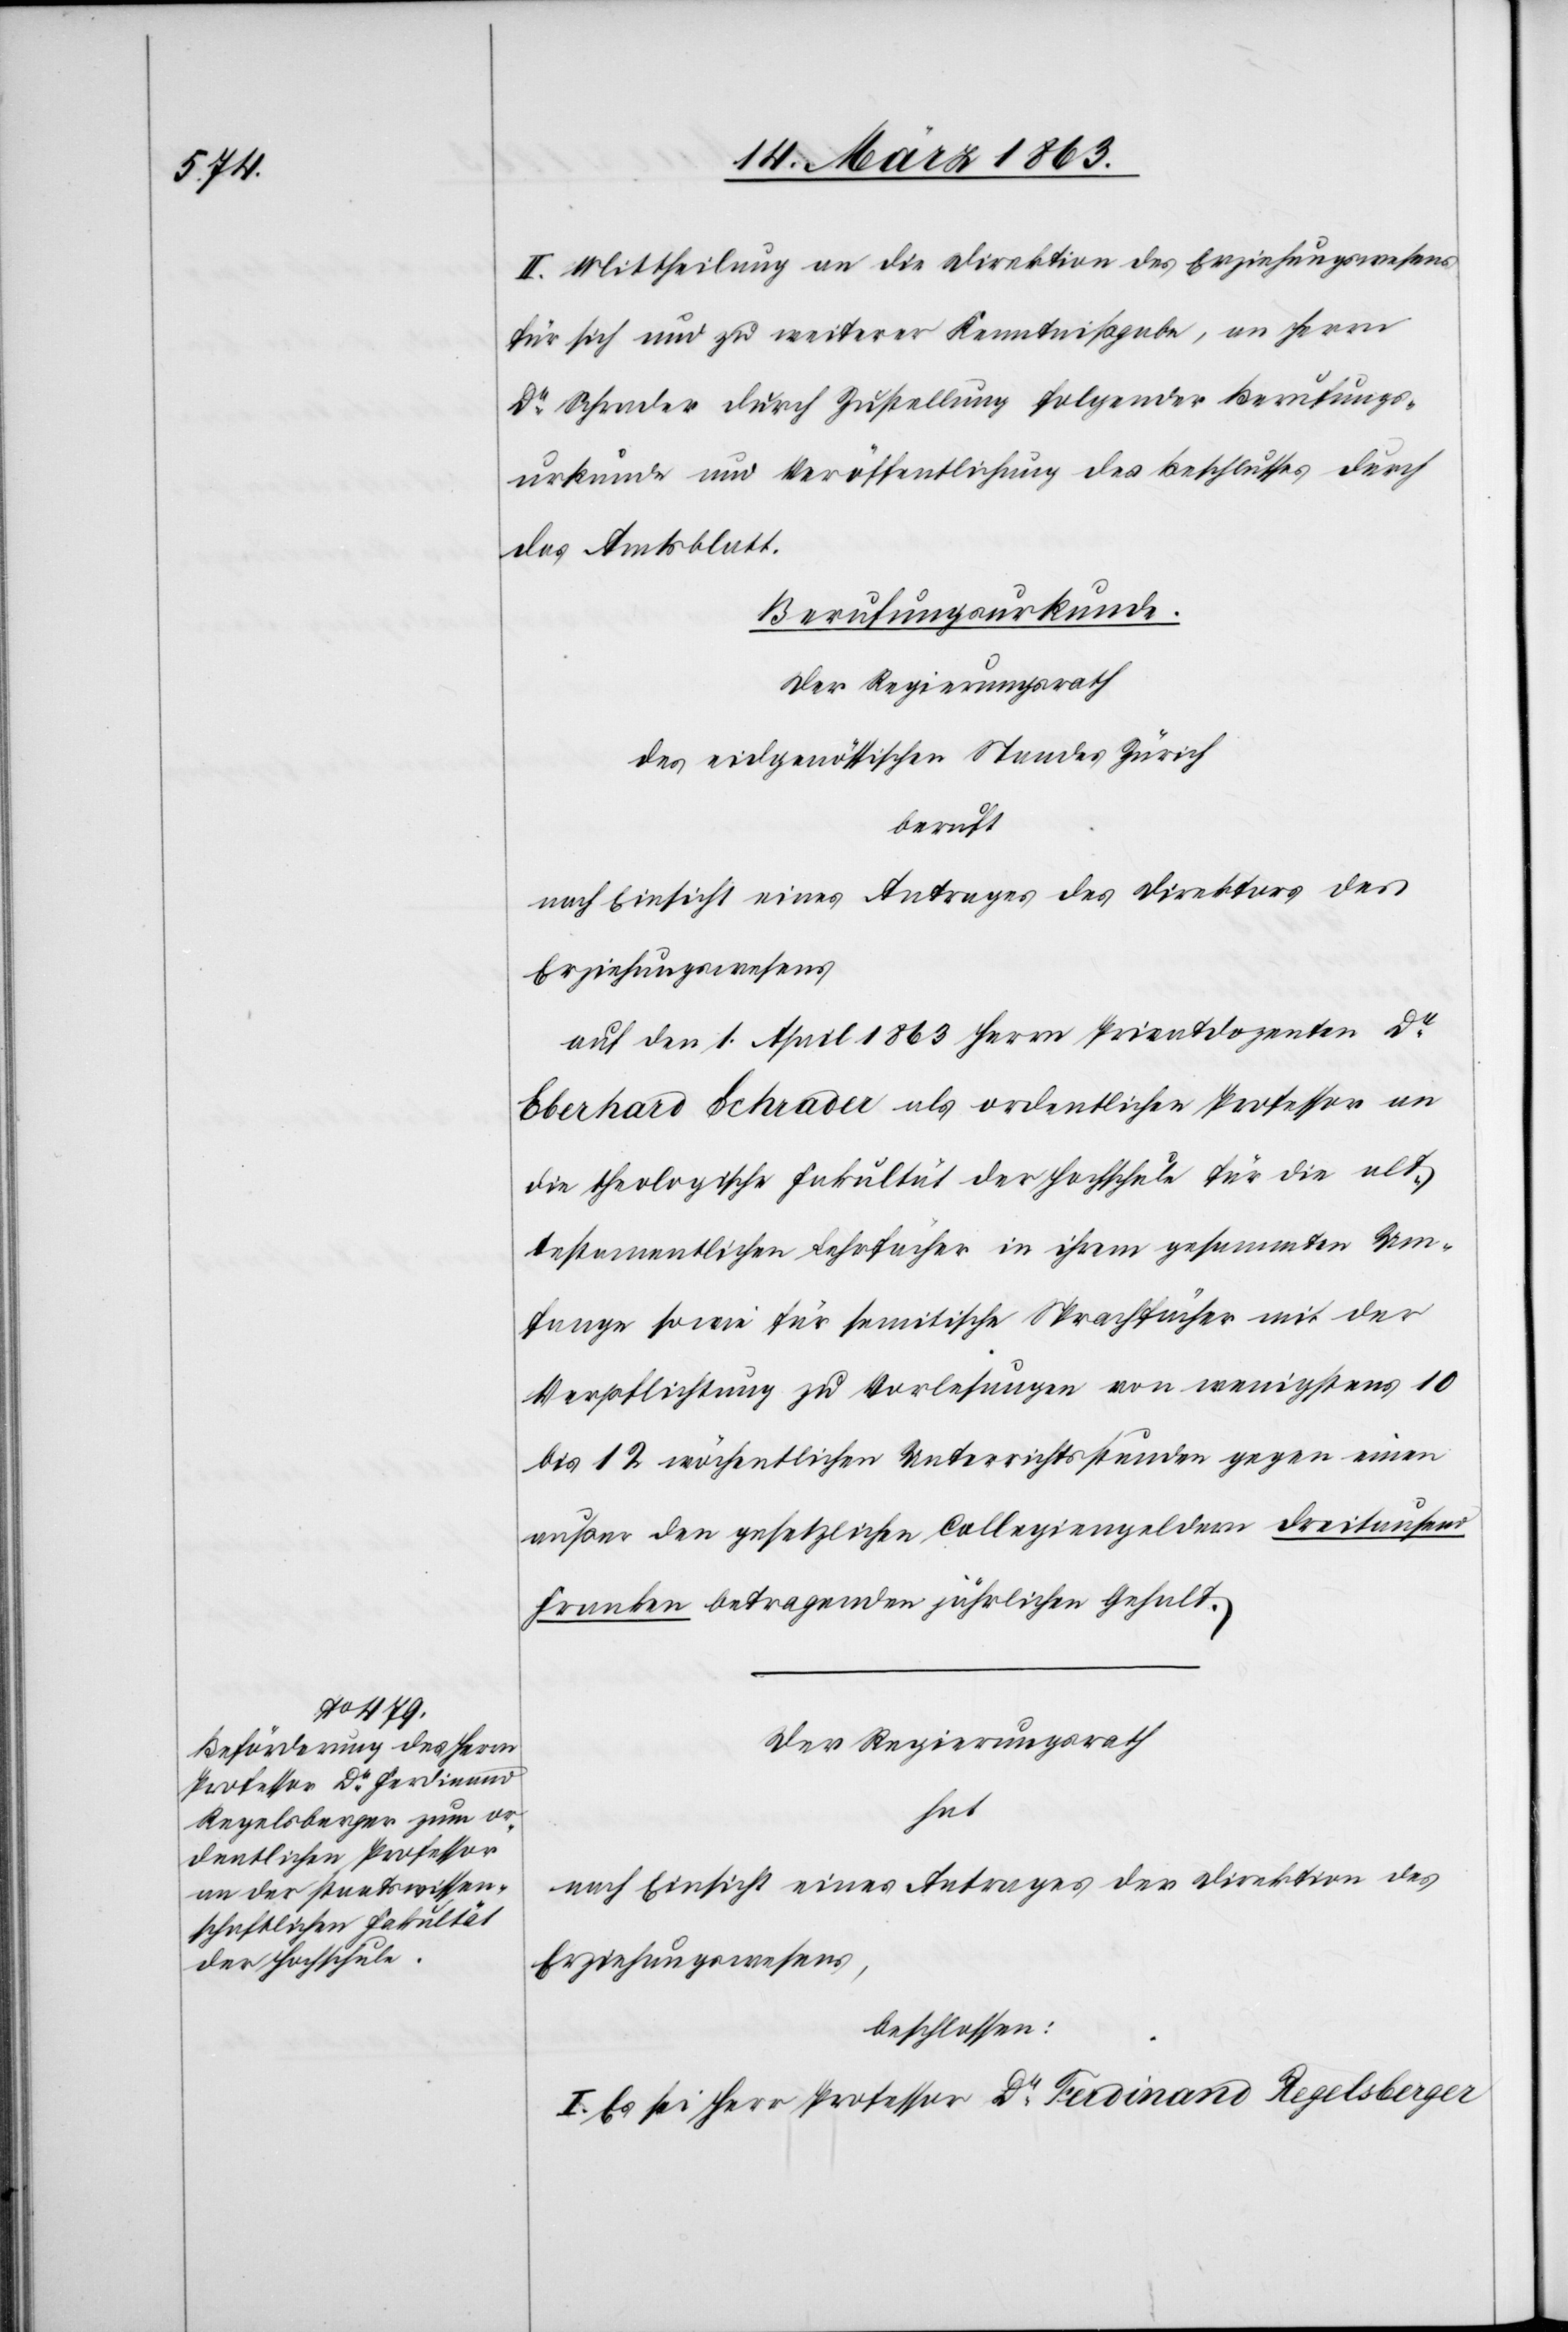
II. Mittheilung an die Direktion des Erziehungswesens
für sich und zu weiterer Kenntnißgabe, an Herrn
Dr Schrader durch Zustellung folgender Berufungs¬
urkunde und Veröffentlichung des Beschlusses durch
das Amtsblatt.
Berufungsurkunde.
Der Regierungsrath
des eidgenössischen Standes Zürich
beruft
auf den 1. April 1863 Herrn Privatdozenten Dr
Eberhard Schrader als ordentlichen Professor an
die theologische Fakultät der Hochschule für die alt¬
testamentlichen Lehrfächer in ihrem gesammten Um¬
fange sowie für semitische Sprachfächer mit der
Verpflichtung zu Vorlesungen von wenigstens 10
bis 12 wöchentlichen Unterrichtsstunden gegen einen
außer den gesetzlichen Collegiengeldern dreitausend
Franken betragenden jährlichen Gehalt.
Der Regierungsrath
hat
nach Einsicht eines Antrages der Direktion des
Erziehungswesens,
beschlossen:
I. Es sei Herr Professor Dr Ferdinand Regelsberger